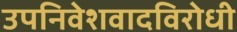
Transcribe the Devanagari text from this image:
उपनिवेशवादविरोधी